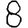
Digit: 8